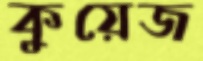
কুয়েজ